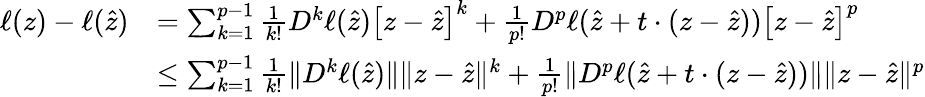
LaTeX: \begin{array}{rl}{\ell(z)-\ell(\widehat z)}&{=\sum_{k=1}^{p-1}\frac{1}{k!}D^{k}\ell(\widehat z)\left[z-\widehat z\right]^{k}+\frac{1}{p!}D^{p}\ell(\widehat z+t\cdot(z-\widehat z))\left[z-\widehat z\right]^{p}}\\ &{\leq\sum_{k=1}^{p-1}\frac{1}{k!}\| D^{k}\ell(\widehat z)\| \| z-\widehat z\| ^{k}+\frac{1}{p!}\| D^{p}\ell(\widehat z+t\cdot(z-\widehat z))\| \| z-\widehat z\| ^{p}}\end{array}